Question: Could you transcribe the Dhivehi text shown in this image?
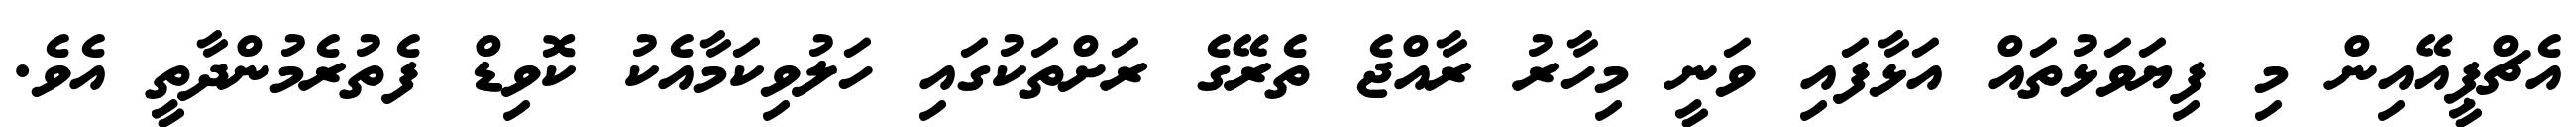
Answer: އެޗްޕީއޭއިން މި ފިޔަވަޅުތައް އަޅާފައި ވަނީ މިހާރު ރާއްޖެ ތެރޭގެ ރަށްތަކުގައި ހަލުވިކަމާއެކު ކޮވިޑް ފެތުރެމުންދާތީ އެވެ.